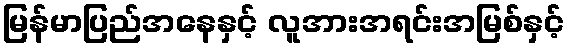
မြန်မာပြည်အနေနှင့် လူအားအရင်းအမြစ်နှင့်